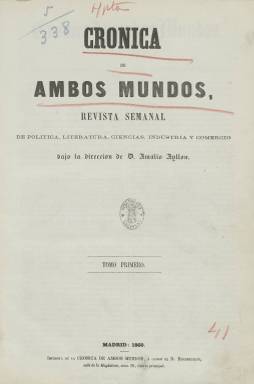
Título: Crónica de ambos mundos (Revista)
Colección: Revistas de información general
Ámbito geográfico: Madrid
Lugar de publicación: Madrid
Fechas: 03/06/1860-30/12/1860

Publicación editada entre 1860 y 1863 que llevaba por subtítulo el de Revista semanal de política, literatura, ciencias, industria y comercio. Años antes se había editado la Revista española de ambos mundos siguiendo el modelo de la francesa Revue des Deux Mondes. Todas estas denominaciones hacen referencia al viejo y al nuevo mundo, entendiendo este último como el continente americano.

   La Crónica de ambos mundos fue una publicación liberal que pretendía situarse en una posición ecléctica respecto a las diferentes corrientes del liberalismo en los últimos años del reinado de Isabel II. Intentaba competir con La América, una revista que había comenzado a publicarse en 1857 y en la que se habían integrado colaboradores de la desaparecida Revista española de ambos mundos.

   Los adelantos en los medios de comunicación habían hecho posible la aparición de estas publicaciones. Los barcos de vapor podían llevarlas en un tiempo razonable a los países americanos mientras que el desarrollo del telégrafo estaba propiciando la inmediatez de las noticias entre los dos continentes.

   La Biblioteca Nacional de España solo posee los números de esta publicación correspondientes al año 1860. Precisamente a partir del año siguiente la revista pasó a ser quincenal, aumentó su paginación de 20 a 24 páginas y comenzó a publicar también un diario con el mismo título.

  En el último número que posee la BNE, de 30 de diciembre de 1860, en el que anuncia sus novedades para el año siguiente, la revista se jacta de la originalidad de sus artículos:

‘Pocas publicaciones ha habido ni hay en Europa que, como La Crónica de Ambos Mundos, den a luz en cada uno de sus números tantos artículos escritos expresamente para ella y autorizados por las firmas más respetables y distinguidas. Los 31 números hasta ahora publicados con cerca de TRESCIENTOS artículos de los más célebres escritores, en que han sido tratadas todas las cuestiones más palpitantes con la más severa imparcialidad, son la mejor prueba que pudiéramos aducir de la manera como cumplimos nuestros compromisos’.

   En efecto, hojeando sus páginas se puede comprobar la colaboración de escritores como el novelista Juan Valera y los poetas Gustavo Adolfo Bécquer y Gaspar Núñez de Arce. Este último publicó por entregas sus ‘Recuerdos de la campaña de África’. Incluso hay alguna colaboración del que sería años después promotor de la Restauración borbónica y presidente del Gobierno, Antonio Cánovas del Castillo.

Pese a estas colaboraciones literarias, la información institucional y comercial gozaba de un lugar destacado. Cada número se abría con las disposiciones oficiales del Gobierno y una sección mercantil con información de los mercados de las ciudades españolas.

    El director de la Crónica de Ambos Mundos fue Amalio Ayllón, quien es autor de ‘Los fueros de Cataluña’, un drama en cuatro actos y en verso que fue representado por primera vez en febrero de 1851.

[Descripción publicada el 16/8/2022]